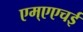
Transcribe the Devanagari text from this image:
एम्एएचई